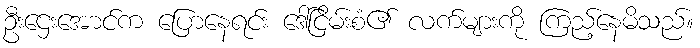
ဦးဌေးအောင်က ပြောနေရင်း ဒေါ်ငြိမ်းစံ၏ လက်များကို ကြည့်နေမိသည်။